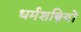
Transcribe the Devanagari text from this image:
धर्मशस्त्रियों